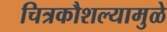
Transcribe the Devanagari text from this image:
चित्रकौशल्यामुळे